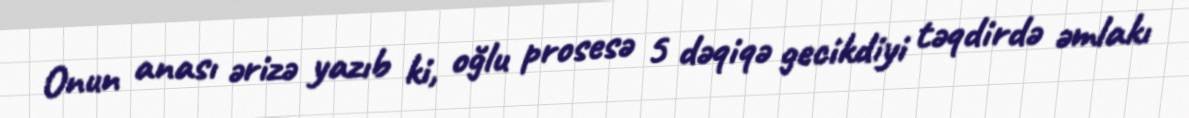
Onun anası ərizə yazıb ki, oğlu prosesə 5 dəqiqə gecikdiyi təqdirdə əmlakı